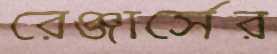
রেঞ্জার্সের